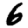
Digit: 6